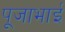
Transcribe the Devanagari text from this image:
पूजाभाई